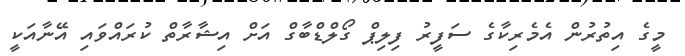
މީގެ އިތުރުން އެމެރިކާގެ ސަފީރު ފިލިޕް ގޯލްޑްބާގް އަށް އިޝާރާތް ކުރައްވައި އޭނާއަކީ